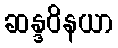
ဆန္ဒဝိနယာ